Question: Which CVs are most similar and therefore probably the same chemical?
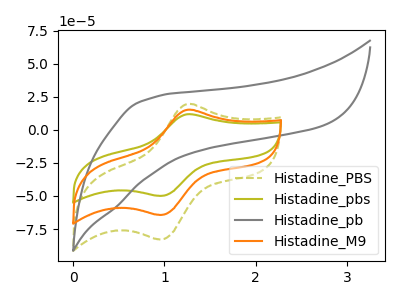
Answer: <think>The olive dashed curve "Histadine_PBS" has an anodic peak at (1.25V, 19.55uA) and a cathodic peak at (0.95V, -82.70uA). The olive curve "Histadine_pbs" has an anodic peak at (1.25V, 30.35uA) and a cathodic peak at (0.95V, -128.40uA). The gray curve "Histadine_pb" has no peaks. The orange curve "Histadine_M9" has an anodic peak at (1.25V, 15.20uA) and a cathodic peak at (0.95V, -64.20uA).
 All the peaks in "Histadine_PBS" have a peak in "Histadine_pbs" at the same potential. Every peak in "Histadine_PBS" is lower than every peak in "Histadine_pbs". "Histadine_PBS" and "Histadine_pb" have a different number of peaks. All the peaks in "Histadine_PBS" have a peak in "Histadine_M9" at the same potential. Every peak in "Histadine_PBS" is higher than every peak in "Histadine_M9". "Histadine_pbs" and "Histadine_pb" have a different number of peaks. All the peaks in "Histadine_pbs" have a peak in "Histadine_M9" at the same potential. Every peak in "Histadine_pbs" is higher than every peak in "Histadine_M9". "Histadine_pb" and "Histadine_M9" have a different number of peaks.</think>
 <answer>"Histadine_PBS", "Histadine_pbs" and "Histadine_M9" have the same shape and are likely CV's of the same chemical.</answer>
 <eval>"Histadine_PBS" "Histadine_pbs" "Histadine_M9"</eval>